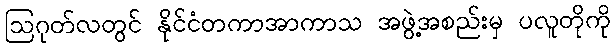
ဩဂုတ်လတွင် နိုင်ငံတကာအာကာသ အဖွဲ့အစည်းမှ ပလူတိုကို